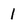
Character: 1